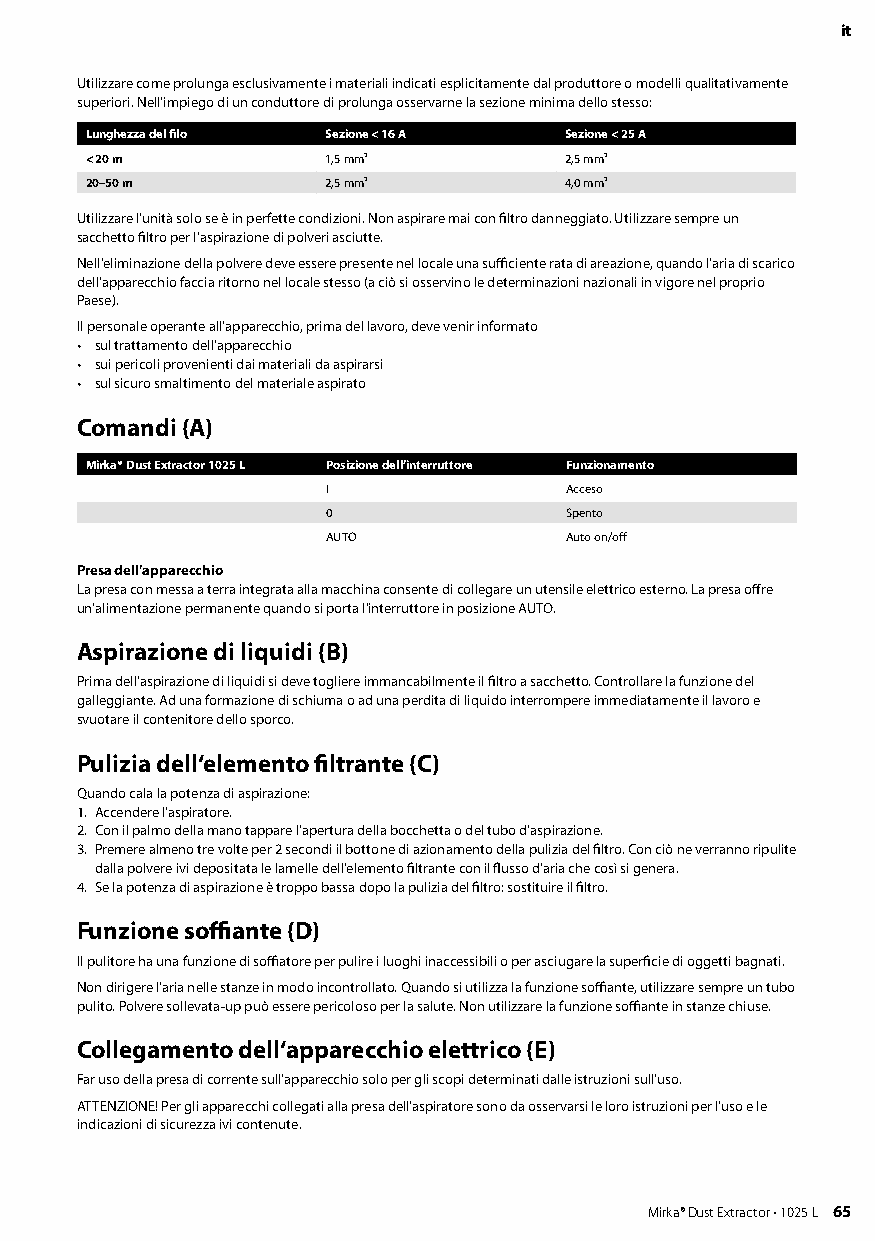
it
 Utilizzare come prolunga esclusivamente i materiali indicati esplicitamente dal produttore o modelli qualitativamente
 superiori Nell‘impiego di un conduttore di prolunga osservarne la sezione minima dello stesso:
 Lunghezza del filo Sezione < 16 A Sezione < 25 A
 < 20 m          1,5 mm²        2,5 mm²
 20–50 m         2,5 mm²        4,0 mm²
 Utilizzare l‘unità solo se è in perfette condizioni Non aspirare mai con filtro danneggiato Utilizzare sempre un
 sacchetto filtro per l’aspirazione di polveri asciutte
 Nell‘eliminazione della polvere deve essere presente nel locale una sufficiente rata di areazione, quando l‘aria di scarico
 dell‘apparecchio faccia ritorno nel locale stesso (a ciò si osservino le determinazioni nazionali in vigore nel proprio
 Paese)
 Il personale operante all‘apparecchio, prima del lavoro, deve venir informato
 • sul trattamento dell‘apparecchio
 • sui pericoli provenienti dai materiali da aspirarsi
 • sul sicuro smaltimento del materiale aspirato
 Comandi (A)
 Mirka® Dust Extractor 1025 L Posizione dell’interruttore Funzionamento
 I              Acceso
 0              Spento
 AUTO           Auto on/off
 Presa dell’apparecchio
 La presa con messa a terra integrata alla macchina consente di collegare un utensile elettrico esterno La presa offre
 un’alimentazione permanente quando si porta l’interruttore in posizione AUTO
 Aspirazione di liquidi (B)
 Prima dell‘aspirazione di liquidi si deve togliere immancabilmente il filtro a sacchetto Controllare la funzione del
 galleggiante Ad una formazione di schiuma o ad una perdita di liquido interrompere immediatamente il lavoro e
 svuotare il contenitore dello sporco
 Pulizia dell‘elemento filtrante (C)
 Quando cala la potenza di aspirazione:
 1 Accendere l‘aspiratore
 2 Con il palmo della mano tappare l‘apertura della bocchetta o del tubo d‘aspirazione
 3 Premere almeno tre volte per 2 secondi il bottone di azionamento della pulizia del filtro Con ciò ne verranno ripulite
 dalla polvere ivi depositata le lamelle dell‘elemento filtrante con il flusso d‘aria che così si genera
 4 Se la potenza di aspirazione è troppo bassa dopo la pulizia del filtro: sostituire il filtro
 Funzione soffiante (D)
 Il pulitore ha una funzione di soffiatore per pulire i luoghi inaccessibili o per asciugare la superficie di oggetti bagnati
 Non dirigere l‘aria nelle stanze in modo incontrollato Quando si utilizza la funzione soffiante, utilizzare sempre un tubo
 pulito Polvere sollevata-up può essere pericoloso per la salute Non utilizzare la funzione soffiante in stanze chiuse
 Collegamento dell‘apparecchio elettrico (E)
 Far uso della presa di corrente sull‘apparecchio solo per gli scopi determinati dalle istruzioni sull‘uso
 ATTENZIONE! Per gli apparecchi collegati alla presa dell‘aspiratore sono da osservarsi le loro istruzioni per l‘uso e le
 indicazioni di sicurezza ivi contenute
 64 Mirka® Dust Extractor • 1025 L          Mirka® Dust Extractor • 1025 L 65